Scottish Certificate of Education, 1962
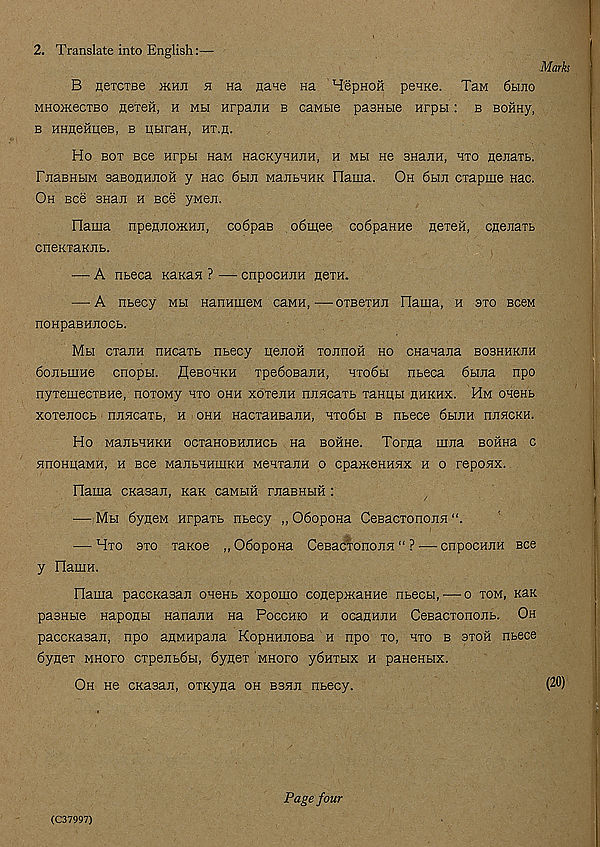
2. Translate into English:—
Marks
B nercTBe jkhji h usl nane Ha Hepnon peane. TaM 6hjio
mhokcctbo HereH, h mh HrpauH b caMbie pasHbie Hrpbi: b Boftny,
b HHgeHpeB, b ubiran, ht.h.
Ho bot see nrpbi HaM HacKyanjiH, h mh He BHann, hto nejiarb.
FnaBHbiM aaBOflHJiOH y nac 6bui ManbHHK Hama. Oh 6biji CTapme nac.
Oh see BHaii h see yMen.
Hama npeflnoHtHJi, co6paB o6mee co6paHHe HeieH, cnejtaxb
cneKTaKnb.
— A nbeca KanaH ? — cnpocHJiH neiH.
— A nbecy Mbi HannuieM caMH,—oxsexHH Flama, h axo BceM
noHpaBHnocb.
Mu cxanH nHcaxb nbecy uenon xonnofi ho cnanana bobhhkjih
Sojibinne cnopbi. flesoaKH xpeSosaxiH, axo6bi nbeca 6buia npo
nyxemecxBHe, noxoMy axo ohh xoxejin nnncaxh xanitbi hhkhx. Hm oaeab
xoxenocb nnncaxb, h ohh HacxaHBanH, axo6bi b nbece 6buiH nnacKH.
Ho ManbHHKH ocxaHOBHJiHCb na bohh6. Torga mna Bonna c
nnoHUiaMH, h bcc ManbaHinKH Meaxann o cpaxteHHSix h o repoax.
Hama CKasaji, Kan caMbift rnaBHbiH :
— Mbi 6yneM Hrpaxb nbecy „ Odopona CeBacxonona
— Hxo axo xanoe „ 06opoHa CeBacxonojiH “ ? — cnpocHJiH see
y FlauiH.
Hama paccKasan oaenb xopomo conepataHne nbecu, — o xom, Kax
pasHbie Hapogbi nanaxiH na Pocchio h ocanHJXH CeBacxononb. Oh
paccKasan, npo anMHpana KopHHiioBa h npo xo, axo b sxoh nbece
6ynex MHoro cxpejib6bi, 6ynex mhofo y6nxbix h panenbix.
Oh He CKasan, oxxyga oh bbhji nbecy.
(20)
(C37997)
Page four